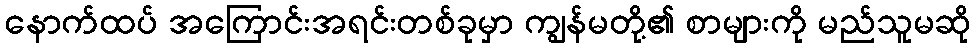
နောက်ထပ် အကြောင်းအရင်းတစ်ခုမှာ ကျွန်မတို့၏ စာများကို မည်သူမဆို